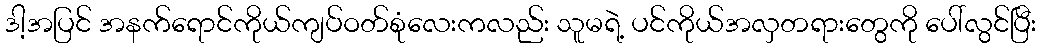
ဒါ့အပြင် အနက်ရောင်ကိုယ်ကျပ်ဝတ်စုံလေးကလည်း သူမရဲ့ ပင်ကိုယ်အလှတရားတွေကို ပေါ်လွင်ပြီး